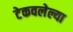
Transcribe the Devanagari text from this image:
टेकवलेल्या